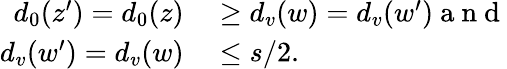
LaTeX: \begin{array}{rl}{d_{0}(z^{\prime})=d_{0}(z)}&{{}\geq d_{v}(w)=d_{v}(w^{\prime})\mathrm{~a~n~d~}}\\ {d_{v}(w^{\prime})=d_{v}(w)}&{{}\leq s/2.}\end{array}